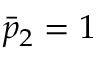
\bar { p } _ { 2 } = 1